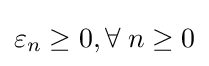
\varepsilon _{n}\geq 0,\forall \;n\geq 0